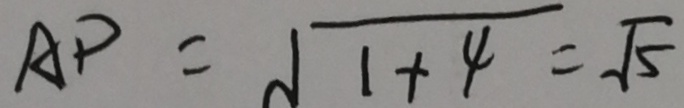
A P = \sqrt { 1 + 4 } = \sqrt { 5 }